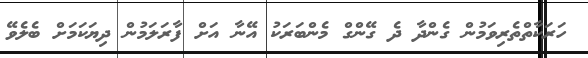
ހަރަކާތްތެރިވަމުން ގެންދާ ދެ ގޭންގް މެންބަރަކު އޭނާ އަށް ފާރަލަމުން ދިޔަކަމަށް ބެލެވޭ